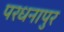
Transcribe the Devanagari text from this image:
परधनापुर